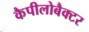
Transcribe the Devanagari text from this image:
कैपीलोबैक्टर